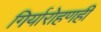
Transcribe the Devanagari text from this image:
गिर्यारोहणही